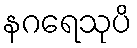
နဂရေသုပိ